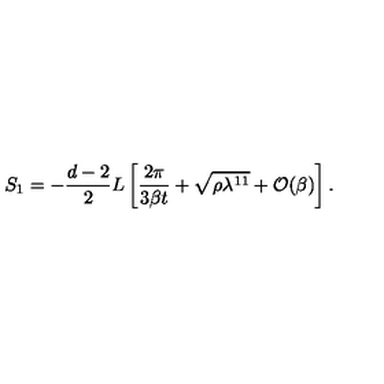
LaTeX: S _ { 1 } = - \frac { d - 2 } { 2 } L \left[ \frac { 2 \pi } { 3 \beta t } + \sqrt { \rho \lambda ^ { 1 1 } } + { \cal O } ( \beta ) \right] .